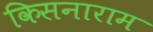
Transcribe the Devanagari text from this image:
किसनाराम